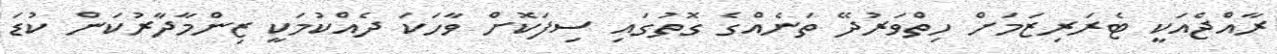
ރާއްޖެއަކީ ޓެރަރިޒަމަށް ހިތްވަރުދޭ ތަނެއްގެ ގޮތުގައި ސިފަކޮށް ވާހަކަ ދެއްކުމަކީ ޒިންމާދާރުކަން ކުޑަ